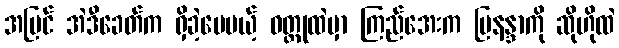
အမြင် အဲဒီခေတ်က ရှိခဲ့ပေမယ့် ဝတ္ထုထဲမှာ ကြည်အေးက မြနန္ဒာကို ဆိုဟိုထဲ